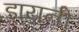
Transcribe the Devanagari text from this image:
डायनी